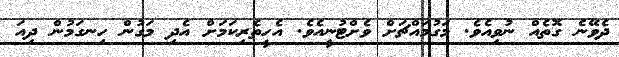
ދެވޭނެ ގޮތެއް ނުވިއެވެ. މަގުމައްޗަށް ވެށްޓުނީއެވެ. އެހީތެރިކަމަށް އެދި މަގުން ހިނގަމުން ދިއަ